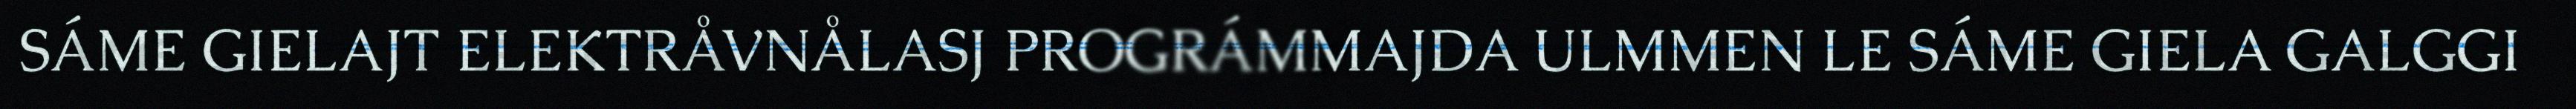
SÁME GIELAJT ELEKTRÅVNÅLASJ PROGRÁMMAJDA ULMMEN LE SÁME GIELA GALGGI